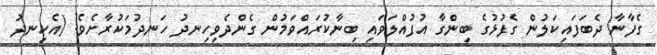
ގެފާނާ ދެބަފައިކަލުން ގެފުޅުގެ ބިންގާ އުފުއްލަވައި ބިނާކުރައްވަމުން ގެންދެވިހިނދު ހަނދުމަކުރާށެވެ! (އެހިނދު